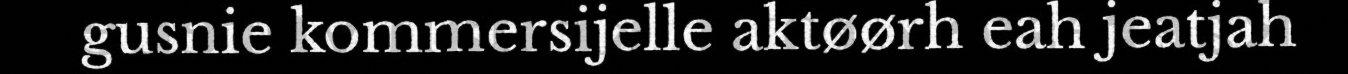
gusnie kommersijelle aktøørh eah jeatjah